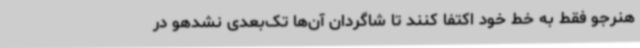
هنرجو فقط به خط خود اکتفا کنند تا شاگردان آن‌ها تک‌بعدی نشدهو در